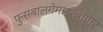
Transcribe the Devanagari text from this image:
फुसबालगेमाइनशाफ्ट